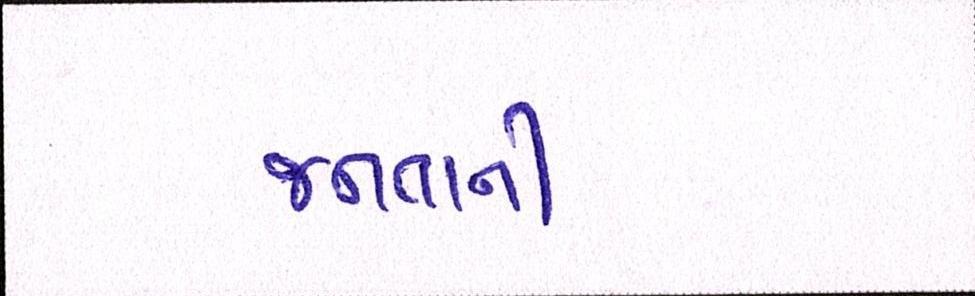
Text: જનતાની